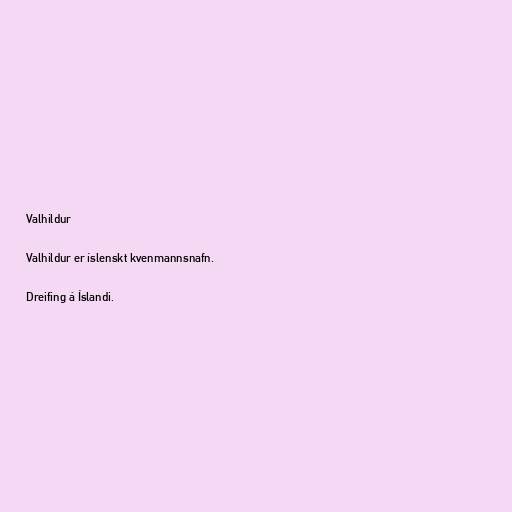
Valhildur

Valhildur er íslenskt kvenmannsnafn.

Dreifing á Íslandi.